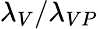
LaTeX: \lambda_{V}/\lambda_{VP}